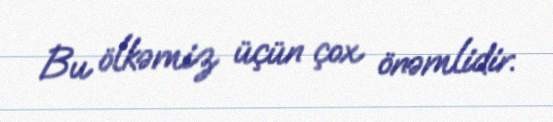
Bu ölkəmiz üçün çox önəmlidir.